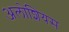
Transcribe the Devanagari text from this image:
अलोशियस